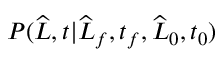
P ( \widehat { L } , t | \widehat { L } _ { f } , t _ { f } , \widehat { L } _ { 0 } , t _ { 0 } )